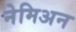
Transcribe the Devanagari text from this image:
नेमिअन